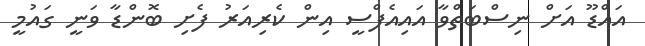
އައްޑޫ އަށް ނިސްބަތްވާ އައިއެފްސީ އިން ކެރިއަރު ފެށި ބޮންޑާ ވަނީ ގައުމީ